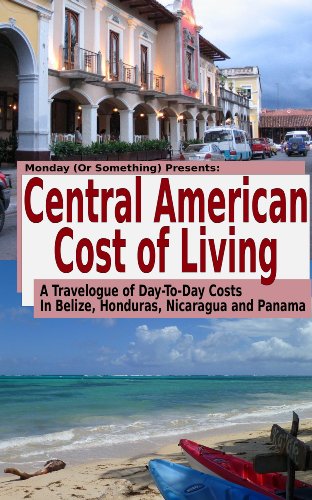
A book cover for Central American Cost of Living: A Travelogue of Day-To-Day Costs In Belize, Honduras, Nicaragua and Panama; Cory Gearhart; Travel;